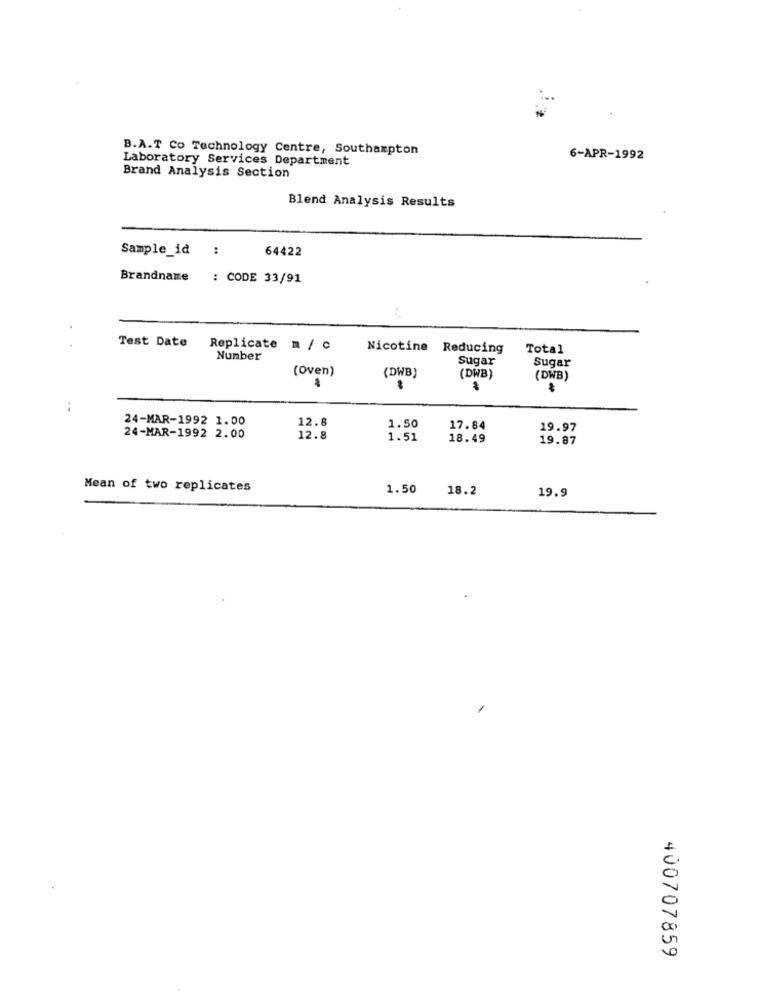
B.A.T Co Technology Centre, Southampton
Laboratory Services Department
6-APR-1992
Brand Analysis Section
Blend Analysis Results
Sample_id
64422
Brandname
: CODE 33/91
Test Date
Replicate = / C
Nicotine Reducing
Total
Number
Sugar
Sugar
(Oven)
(DWB)
(DWB)
(DWB)
24-MAR-1992 1.00
12.8
1.50
17.84
19.97
24-MAR-1992 2.00
12.8
1.51
18.49
19.87
Mean of two replicates
1.50
18.2
19.9
400707859